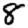
Digit: 8